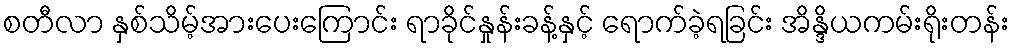
စတီလာ နှစ်သိမ့်အားပေးကြောင်း ရာခိုင်နှုန်းခန့်နှင့် ရောက်ခဲ့ရခြင်း အိန္ဒိယကမ်းရိုးတန်း